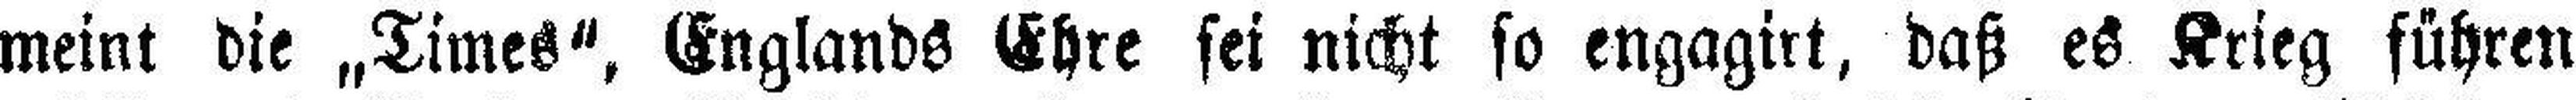
meint die „Times“, Englands Ehre sei nicht so engagirt, daß es Krieg führen